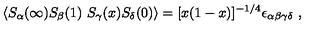
\langle S _ { \alpha } ( \infty ) S _ { \beta } ( 1 ) \ S _ { \gamma } ( x ) S _ { \delta } ( 0 ) \rangle = [ x ( 1 - x ) ] ^ { - 1 / 4 } \epsilon _ { \alpha \beta \gamma \delta } \ ,